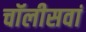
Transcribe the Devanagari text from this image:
चॉलीसवां